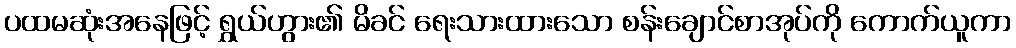
ပထမဆုံးအနေဖြင့် ရွှယ်ဟွား၏ မိခင် ရေးသားထားသော စန်းချောင်စာအုပ်ကို ကောက်ယူကာ